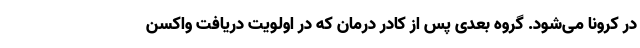
در کرونا می‌شود. گروه بعدی پس از کادر درمان که در اولویت دریافت واکسن